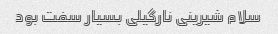
سلام شیرینی نارگیلی بسیار سفت بود